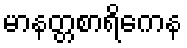
မာနတ္တစာရိကေန